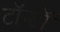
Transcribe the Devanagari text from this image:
टॉन्टॉ